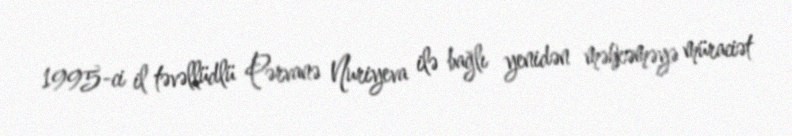
1995-ci il təvəllüdlü Pərvanə Nuriyeva ilə bağlı yenidən məhkəməyə müraciət